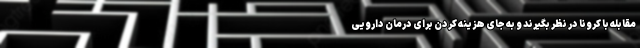
مقابله با کرونا در نظر بگیرند و به جای هزینه کردن برای درمان دارویی